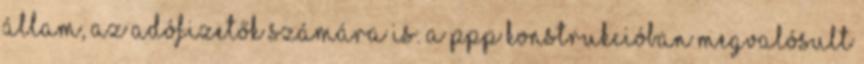
állam, az adófizetők számára is. A PPP konstrukcióban megvalósult